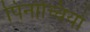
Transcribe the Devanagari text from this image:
पिनोच्चियो